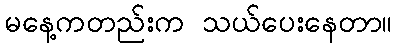
မနေ့ကတည်းက သယ်ပေးနေတာ။